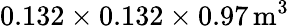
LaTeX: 0.132\times 0.132\times 0.97\, \mathrm{{m^{3}}}